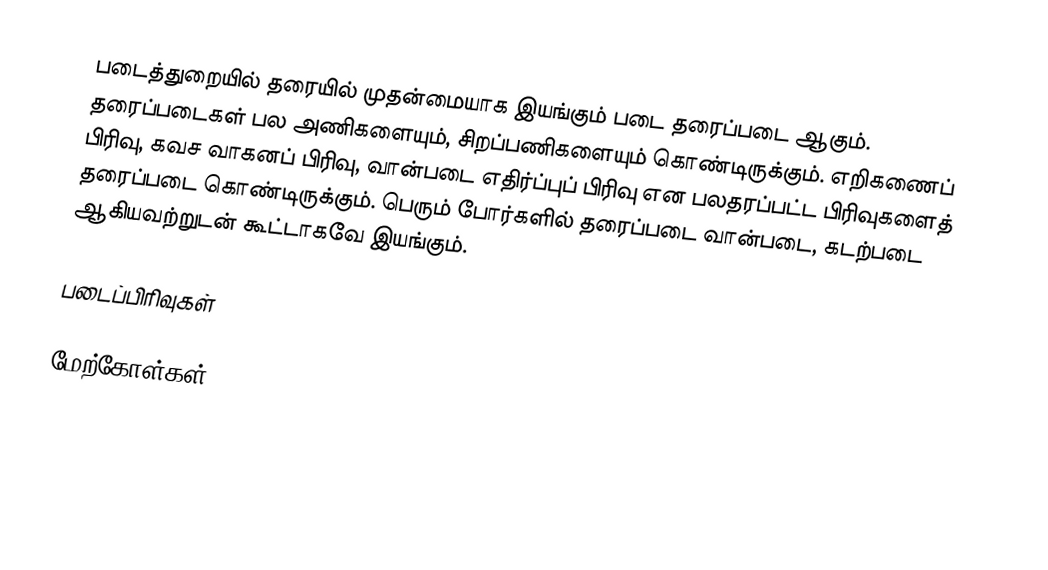
படைத்துறையில் தரையில் முதன்மையாக இயங்கும் படை தரைப்படை ஆகும். தரைப்படைகள் பல அணிகளையும், சிறப்பணிகளையும் கொண்டிருக்கும். எறிகணைப் பிரிவு, கவச வாகனப் பிரிவு, வான்படை எதிர்ப்புப் பிரிவு என பலதரப்பட்ட பிரிவுகளைத் தரைப்படை கொண்டிருக்கும். பெரும் போர்களில் தரைப்படை வான்படை, கடற்படை ஆகியவற்றுடன் கூட்டாகவே இயங்கும்.

படைப்பிரிவுகள்

மேற்கோள்கள்